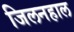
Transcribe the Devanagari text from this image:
जिलनहाल